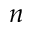
n